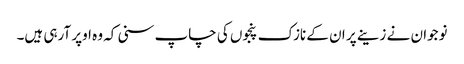
نوجوان نے زینے پر ان کے نازک پنجوں کی چاپ سنی کہ وہ اوپر آرہی ہیں۔